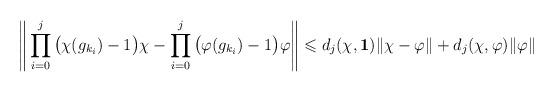
LaTeX: \begin{align*}\Bigg\Vert\prod_{i=0}^{j}\big(\chi(g_{k_i})-1\big)\chi-\prod_{i=0}^{j}\big(\varphi(g_{k_i})-1\big)\varphi\Bigg\Vert&\leqslant d_j(\chi,\mathbf{1})\Vert \chi- \varphi\Vert+ d_j(\chi,\varphi)\Vert \varphi\Vert\end{align*}